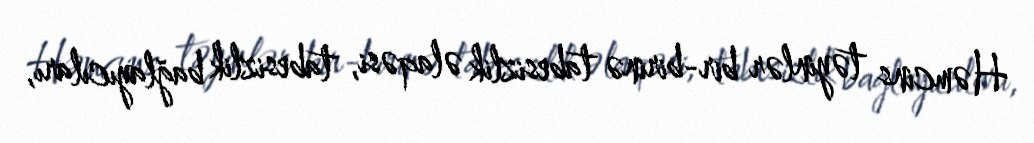
Həmcins təyinlər bir-birinə tabesizlik əlaqəsi, tabesizlik bağlayıcıları,